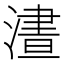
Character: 𣻱